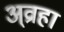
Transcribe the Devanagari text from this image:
अ्व्राहा